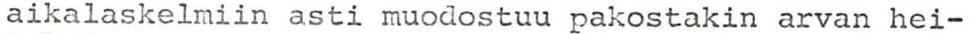
aikalaskelmiin asti muodostuu pakostakin arvan hei-